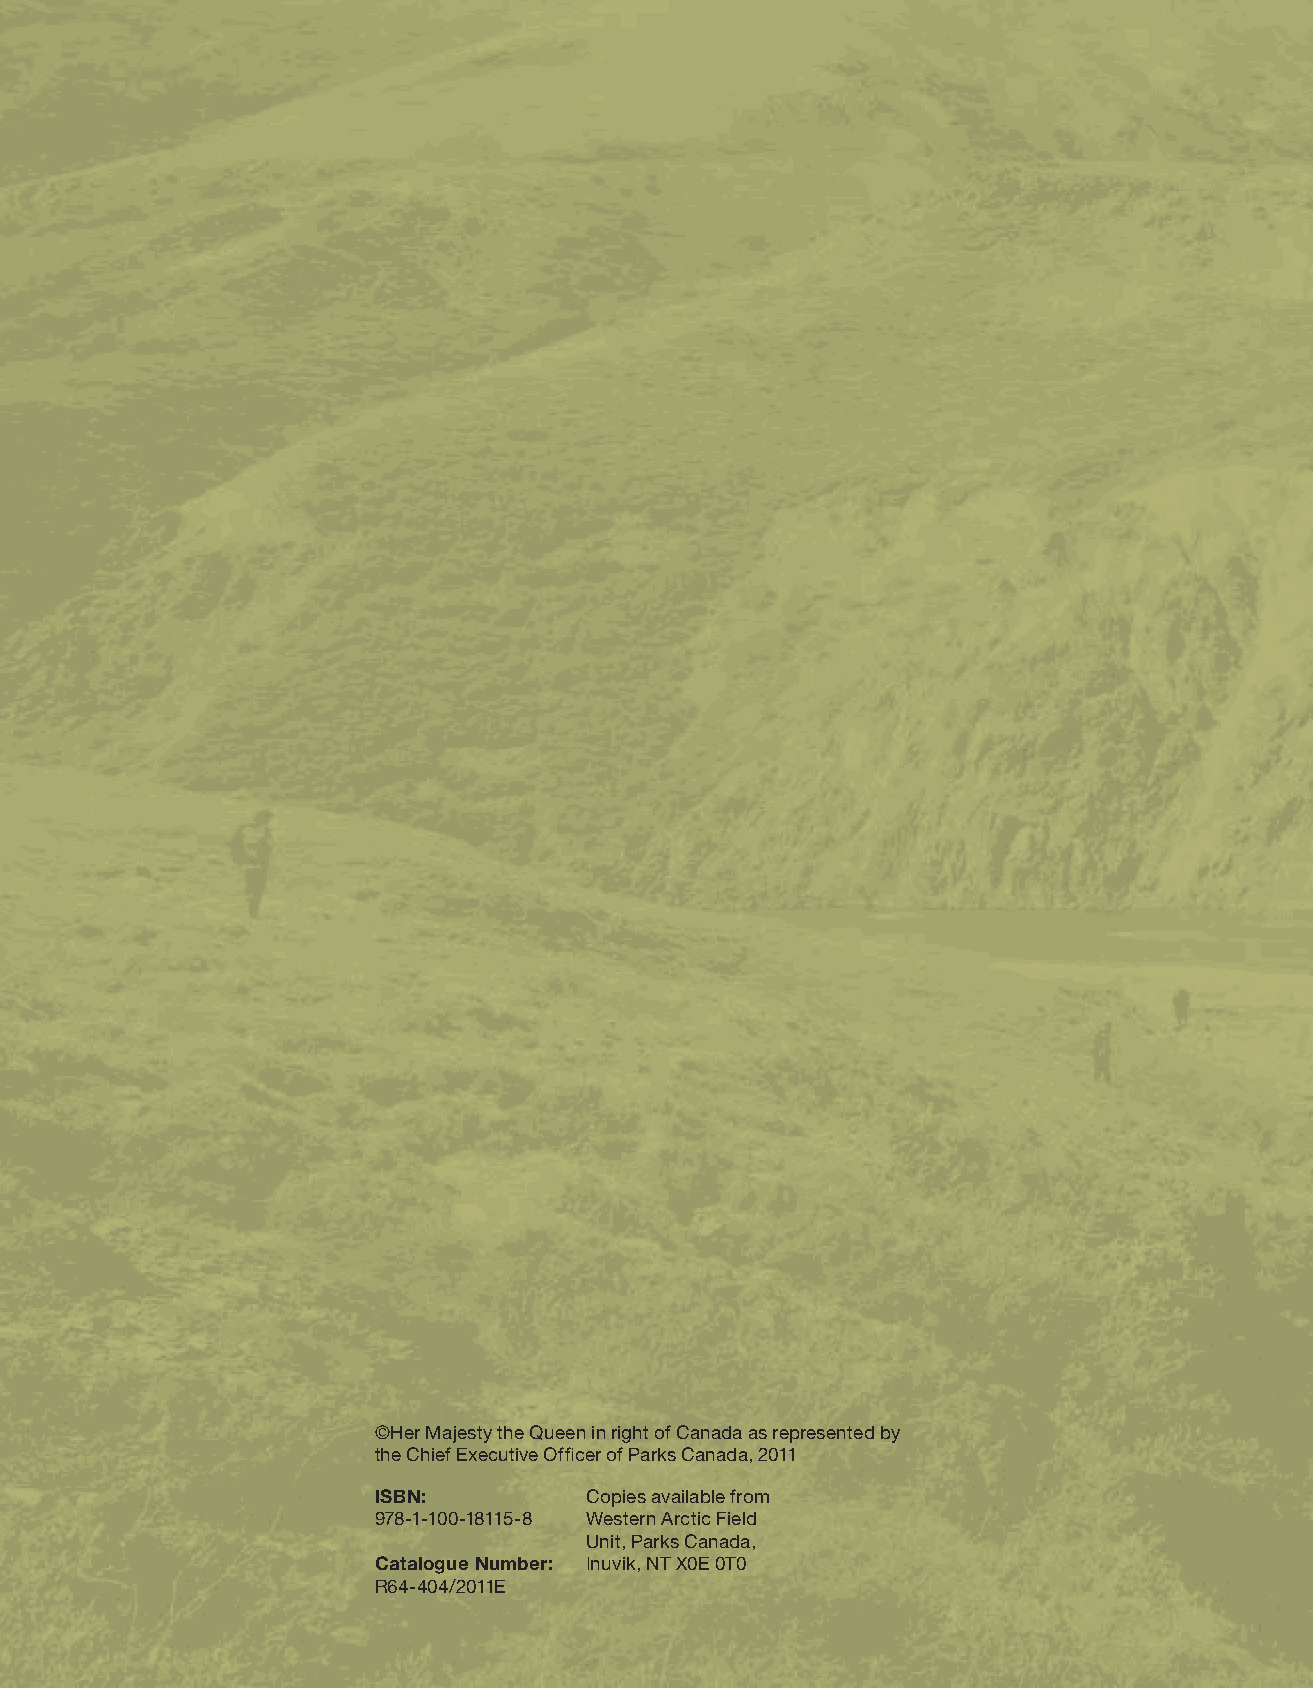
©Her Majesty the Queen in right of Canada as represented by
 the Chief Executive Officer of Parks Canada, 2011
 ISBN:         Copies available from
 978-1-100-18115-8 Western Arctic Field
 Unit, Parks Canada,
 Catalogue Number: Inuvik, NT X0E 0T0
 R64-404/2011E